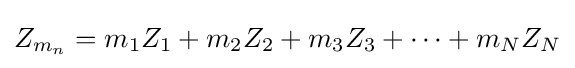
Z_{m_{n}}=m_{1}Z_{1}+m_{2}Z_{2}+m_{3}Z_{3}+\dots +m_{N}Z_{N}